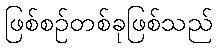
ဖြစ်စဉ်တစ်ခုဖြစ်သည်